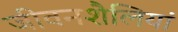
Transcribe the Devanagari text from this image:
जीवनशैलियां